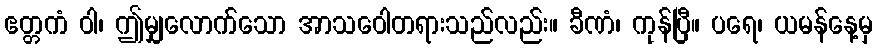
ဧတ္တကံ ဝါ၊ ဤမျှလောက်သော အာသဝေါတရားသည်လည်း။ ခီဏံ၊ ကုန်ပြီ။ ပရေ၊ ယမန်နေ့မှ